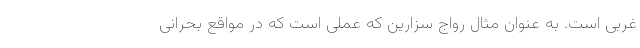
غربی است. به عنوان مثال رواج سزارین که عملی است که در مواقع بحرانی